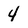
Character: 4